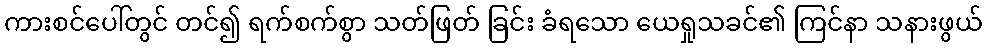
ကားစင်ပေါ်တွင် တင်၍ ရက်စက်စွာ သတ်ဖြတ် ခြင်း ခံရသော ယေရှုသခင်၏ ကြင်နာ သနားဖွယ်